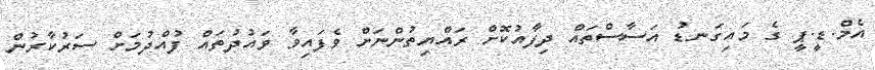
އެމް.ޑީ.ޕީ ގެ މައިގަނޑު އަސާސްތައް ދިފާއުކޮށް ރައްޔިތުންނަށް ވެފައިވާ ވައުދުތައް ފުއްދުމަށް ސަރުކާރުން